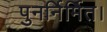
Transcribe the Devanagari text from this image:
पुनर्निर्मित।